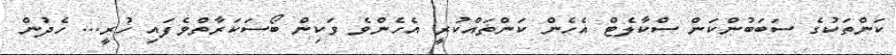
ކަންތަކުގެ ސަބަބުންކަން ސްކާލެޓް އެހެން ކަންތައްކުރީ އެހެންވެ ވަކިން ބޯސަކަރާތްވެފައި ހުރީ... ހެދުން